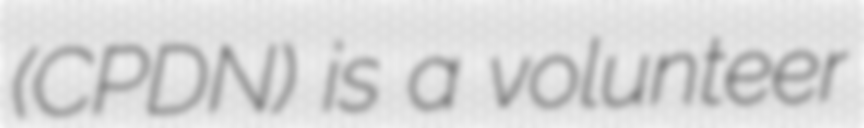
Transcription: (CPDN) is a volunteer